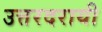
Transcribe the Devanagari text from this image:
उत्तरदरायी